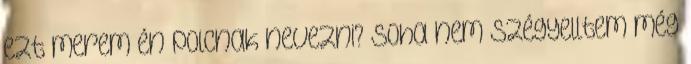
ezt merem én polcnak nevezni? Soha nem szégyelltem még